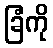
ခြံကို